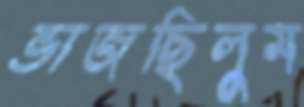
ভাজছিলুম